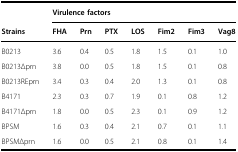
|  | <COLSPAN=7> Virulence factors |
 | Strains | FHA | Prn | PTX | LOS | Fim2 | Fim3 | Vag8 |
 | --- | --- | --- | --- | --- | --- | --- | --- |
 | B0213 | 3.6 | 0.4 | 0.5 | 1.8 | 1.5 | 0.1 | 1.0 |
 | B0213Δprn | 3.8 | 0.0 | 0.5 | 1.8 | 1.5 | 0.1 | 0.8 |
 | B0213REprn | 3.4 | 0.3 | 0.4 | 2.0 | 1.3 | 0.1 | 0.8 |
 | B4171 | 2.3 | 0.3 | 0.7 | 1.9 | 0.1 | 0.8 | 1.2 |
 | B4171Δprn | 1.8 | 0.0 | 0.5 | 2.3 | 0.1 | 0.9 | 1.2 |
 | BPSM | 1.6 | 0.3 | 0.4 | 2.1 | 0.7 | 0.1 | 1.1 |
 | BPSMΔprn | 1.6 | 0.0 | 0.5 | 2.1 | 0.8 | 0.1 | 1.4 |